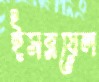
ইসরায়েল